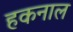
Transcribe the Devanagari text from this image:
हकनाल